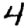
Digit: 4